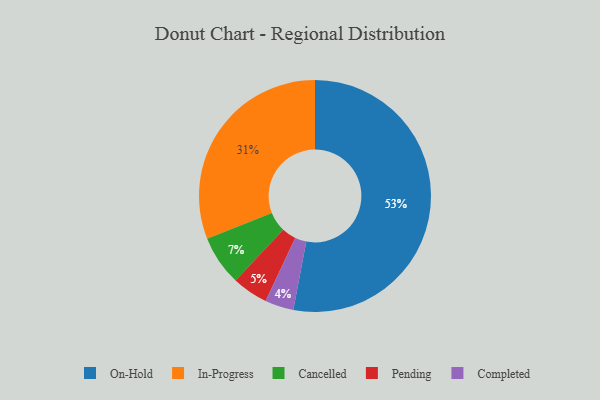
{"axis": {"x": "Category", "y": "Percentage"}, "legend": ["Cancelled", "Completed", "In-Progress", "On-Hold", "Pending"], "data": [{"x": "In-Progress", "y": 31, "type": "In-Progress"}, {"x": "Pending", "y": 5, "type": "Pending"}, {"x": "Cancelled", "y": 7, "type": "Cancelled"}, {"x": "Completed", "y": 4, "type": "Completed"}, {"x": "On-Hold", "y": 53, "type": "On-Hold"}]}